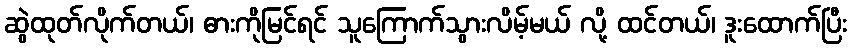
ဆွဲထုတ်လိုက်တယ်၊ ဓားကိုမြင်ရင် သူကြောက်သွားလိမ့်မယ် လို့ ထင်တယ်၊ ဒူးထောက်ပြီး